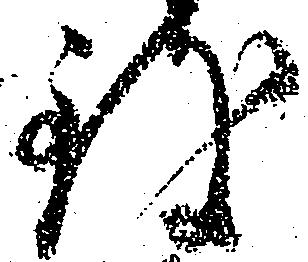
致